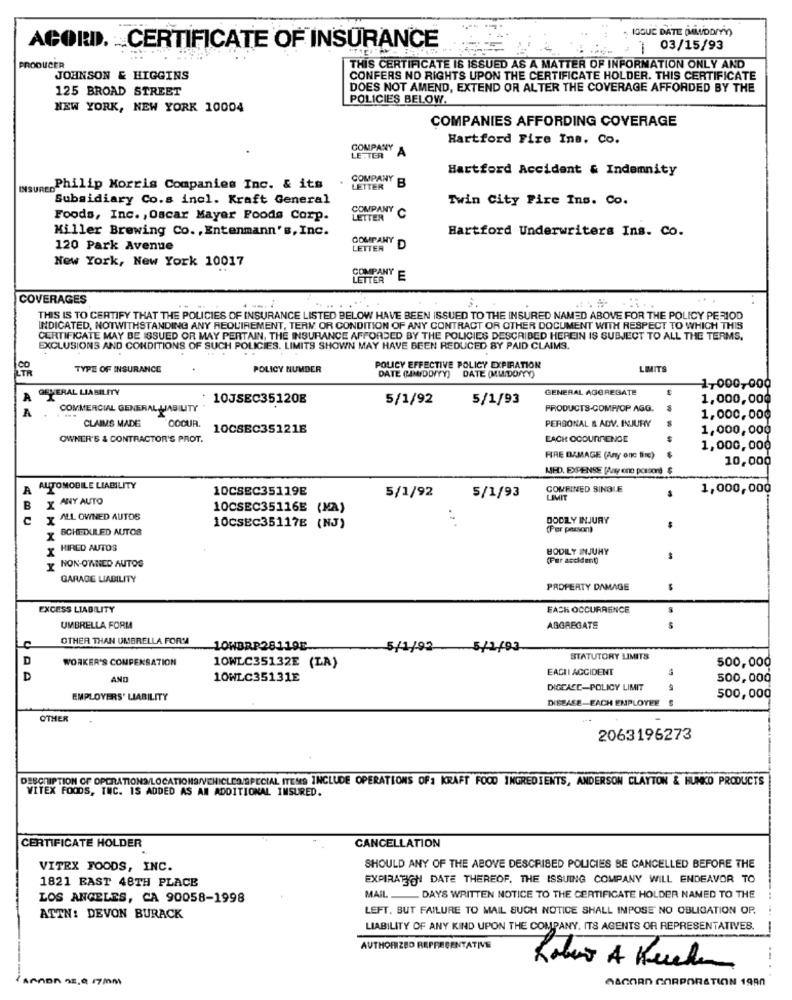
ROGUE DATE MODITY)
: **
ACORD. CERTIFICATE OF INSURANCE
.:.. . | 03/15/93
PRODUCER
THIS CERTIFICATE IS ISSUED AS A MATTER OF INFORMATION ONLY AND
JOHNSON & HIGGINS
CONFERS NO RIGHTS UPON THE CERTIFICATE HOLDER. THIS CERTIFICATE
125 BROAD STREET
DOES NOT AMEND, EXTEND OR ALTER THE COVERAGE AFFORDED BY THE
POLICIES BELOW.
NEW YORK, NEW YORK 10004
COMPANIES AFFORDING COVERAGE
Hartford Fire Ins. Co.
COMPANY
A
LETTER
Hartford Accident & Indemnity
COMPANY
B
INSURED Philip Morris Companies Inc. & its
LETTER
Subsidiary Co.s incl. Kraft General
Twin City Fire Ins. Co.
COMPANY
Foods, Inc. , Oscar Mayer Foods Corp.
LETTER
Miller Brewing Co. , Entenmann's, Inc.
Hartford Underwriters Ins. Co.
COMPANY
120 Park Avenue
LETTER
D
New York, New York 10017
COMPANY E
COVERAGES
THIS IS TO CERTIFY THAT THE POLICIES OF INSURANCE LISTED BELOW HAVE BEEN ISSUED TO THE INSURED NAMED ABOVE FOR THE POLICY PERIOD
INDICATED, NOTWITHSTANDING ANY REQUIREMENT, TERM OR CONDITION OF ANY CONTRACT OR OTHER DOCUMENT WITH RESPECT TO WHICH THIS
CERTIFICATE MAY BE ISSUED OR MAY PERTAIN, THE INSURANCE AFFORDED BY THE POLICIES DESCRIBED HEREIN IS SUBJECT TO ALL THE TERMS.
EXCLUSIONS AND CONDITIONS OF SUCH POLICIES. LIMITS SHOWN MAY HAVE BEEN REDUCED BY PAID CLAIMS.
TYPE OF INSURANCE
POLICY NUMBER
POLICY EFFECTIVE POLICY EXPIRATION
LIMITS
DATE (RAIDDITY) DATE (MUDDY)
GENERAL LIABILITY
GENERAL AGGREGATE
1,000,000
A
10JSEC351208
5/1/92
5/1/93
1,000,000
COMMERCIAL GENERAL LABILITY
PRODUCTS-COMPIOP AGG.
A
OOOUR.
PERSONAL & ADV. INJURY
1,000,000
CLAIMS MADE
10CSEC35121E
1,000,000
OWNER'S & CONTRACTOR'S PROT.
EACH OCOUNMENGE
1,000,000
FIRE DAMAGE (Any onc Bire)
10,000
MED. EXPENSE (Magy one posson) $
A AUTOMOBILE LIABILITY
10CSEC35119E
5/1/92
COMBINED SINGLE
1,000,000
ANY AUTO
5/1/93
LIMIT
-
B
X
10CSEC35116E (MA)
X ALL OWNED AUTOS
BODILY INJURY
SCHEDULED AUTOS
10CSEC35117E (NJ)
(Per person)
HIRED AUTOS
BODILY INJURY
(Per accident)
-
X NON-O'NNED AUTOG
GARAGE LIABILITY
PROPERTY DAMAGE
EXCESS LIABILITY
FACK OCCURRENCE
UMBRELLA FORMA
AGGREGATE
OTHER THAN UMBRELLA FORMA
10WBRP28119E
5/1/92
5/1/93
D
WORKER'S COMPENSATION
STATUTORY LIMITS
500,000
10WLC35132E (LA)
EAGII ACCIDENT
D
AND
10WLC35131E
500,000
DIGEACC-POLICY LIMIT
EMPLOYERS' LIABILITY
DISEASE-EACH EMPLOYEE
500,000
OTHER
2063196273
DESCRIPTION OF OPERATIONS/LOCATIONS/VEHICLES/SPECIAL ITENS INCLUDE OPERATIONS OF: KRAFT FOOD INGREDIENTS, ANDERSON CLAYTON & HUNKO PRODUCTS
VITEX FOODS, INC. IS ADDED AS AN ADDITIONAL INSURED.
CERTIFICATE HOLDER
CANCELLATION
VITEX FOODS, INC.
SHOULD ANY OF THE ABOVE DESCRIBED POLICIES BE CANCELLED BEFORE THE
1821 FAST 48TH PLACE
EXPIRATION DATE THEREOF. THE ISSUING COMPANY WILL ENDEAVOR TO
MAIL
LOS ANGELES, CA 90058-1998
DAYS WRITTEN NOTICE TO THE CERTIFICATE HOLDER NAMED TO THE
LEFT. BUT FAILURE TO MAIL SUCH NOTICE SHALL IMPOSE NO OBLIGATION OP.
ATTN: DEVON BURACK
LIABILITY OF ANY KIND UPON THE COMPANY. ITS AGENTS OR REPRESENTATIVES.
AUTHORIZED REPRESENTATIVE
AMADA 28,0 17/0M
AACORN CORPORATION 1990